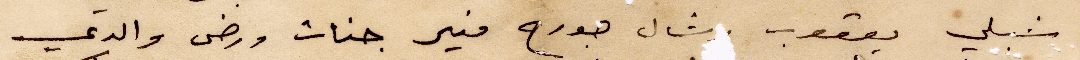
شبلي يعقوب رشال جورج منير جنات